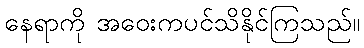
နေရာကို အဝေးကပင်သိနိုင်ကြသည်။